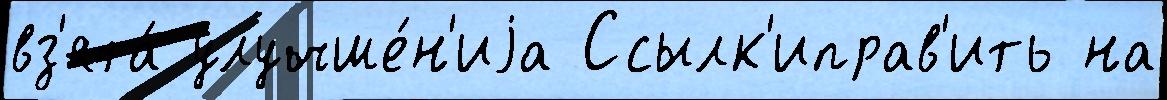
вз'ята́ улучше́н'иjа Ссылк'иправ'ить на